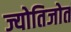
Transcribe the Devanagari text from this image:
ज्योतिजोत